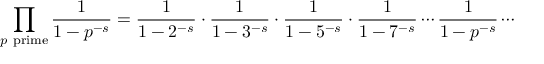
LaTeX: \prod _ { p { \mathrm { ~ p r i m e } } } { \frac { 1 } { 1 - p ^ { - s } } } = { \frac { 1 } { 1 - 2 ^ { - s } } } \cdot { \frac { 1 } { 1 - 3 ^ { - s } } } \cdot { \frac { 1 } { 1 - 5 ^ { - s } } } \cdot { \frac { 1 } { 1 - 7 ^ { - s } } } \cdots { \frac { 1 } { 1 - p ^ { - s } } } \cdots